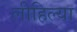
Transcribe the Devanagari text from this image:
लीहिल्या